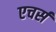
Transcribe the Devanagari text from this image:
एचर्स